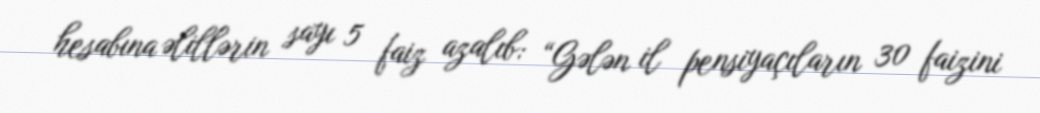
hesabına əlillərin sayı 5 faiz azalıb: “Gələn il pensiyaçıların 30 faizini